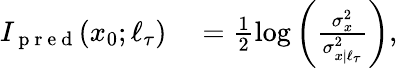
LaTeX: \begin{array}{rl}{I_{\mathrm{~p~r~e~d~}}(x_{0};\ell_{\tau})}&{{}=\frac{1}{2}\log\left(\frac{\sigma_{x}^{2}}{\sigma_{x|\ell_{\tau}}^{2}}\right),}\end{array}